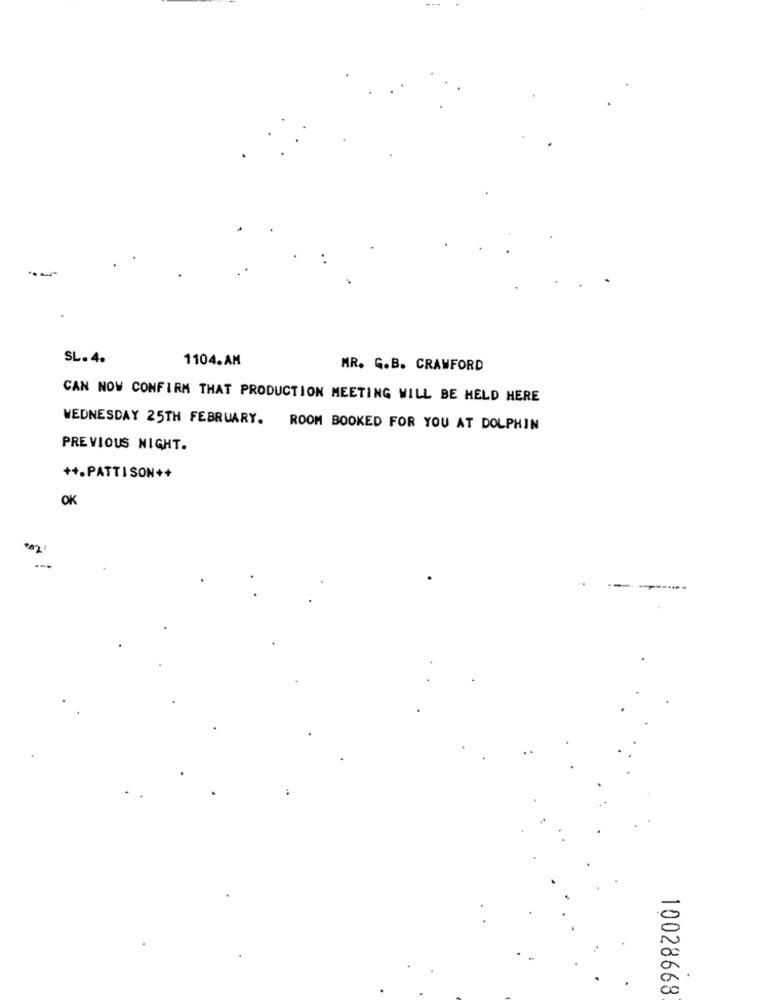
SL. 4.
1104.AM
MR. G.B. CRAWFORD
CAN NOW CONFIRM THAT PRODUCTION MEETING WILL BE HELD HERE
WEDNESDAY 25TH FEBRUARY. ROOM BOOKED FOR YOU AT DOLPHIN
PREVIOUS NIGHT.
++.PATTISON++
OK
.
10028668